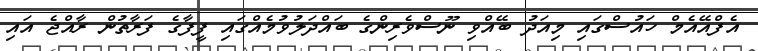
އެފްއޭއެމް ހައުސްގައި މިއަދު ބޭއްވި ނޫސްވެރިންގެ ބައްދަލުވުމެއްގައި ފީފާގެ ފަރާތުން ރާއްޖެ އައި